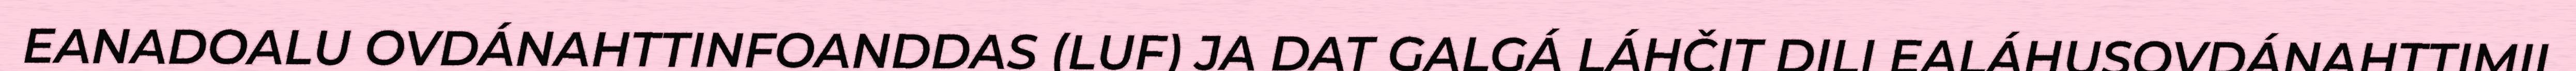
EANADOALU OVDÁNAHTTINFOANDDAS (LUF) JA DAT GALGÁ LÁHČIT DILI EALÁHUSOVDÁNAHTTIMII